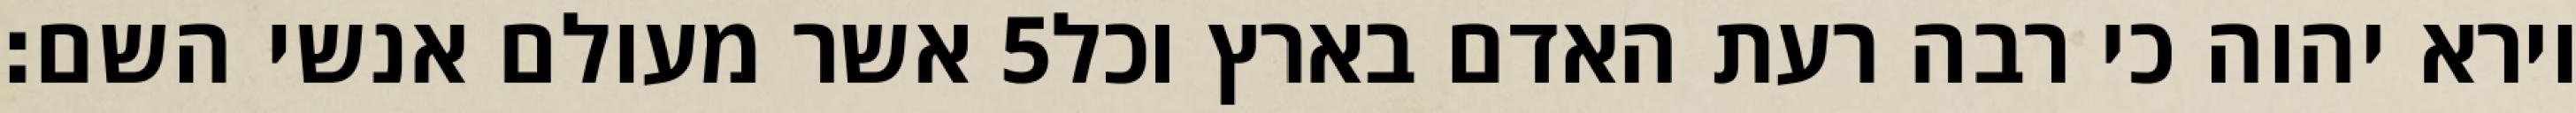
אשר מעולם אנשי השם׃ ‎5‏ וירא יהוה כי רבה רעת האדם בארץ וכל